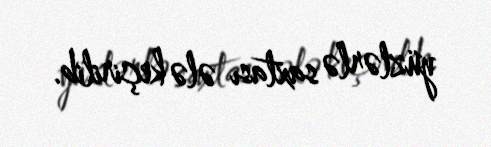
yüzlərlə saxtası ələ keçirilib.